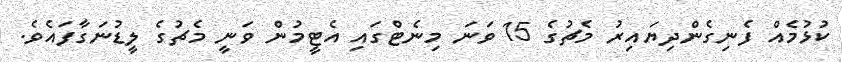
ކުޅުމެއް ފެނިގެންދިޔައިރު މެޗުގެ 15 ވަނަ މިނެޓްގައި އެޓީމުން ވަނީ މެޗުގެ ލީޑުނަގާފައެވެ.